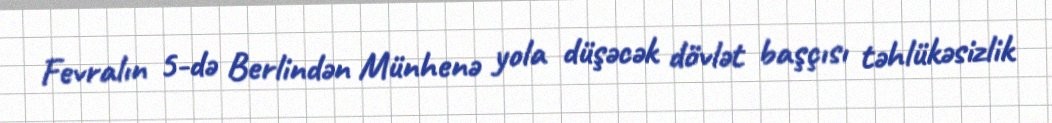
Fevralın 5-də Berlindən Münhenə yola düşəcək dövlət başçısı təhlükəsizlik